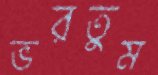
ভরতুম